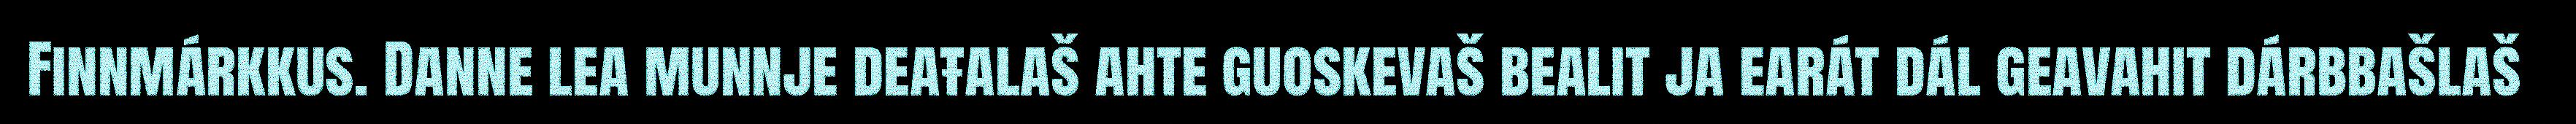
Finnmárkkus. Danne lea munnje deaŧalaš ahte guoskevaš bealit ja earát dál geavahit dárbbašlaš